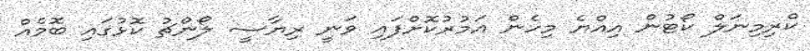
ކްރިމިނަލް ކޯޓުން އިއްޔެ މިހެން އަމުރުކޮށްފައި ވަނީ ރިޔާސީ ލޯންޗު ކޮޅުގައި ބޮމެއް